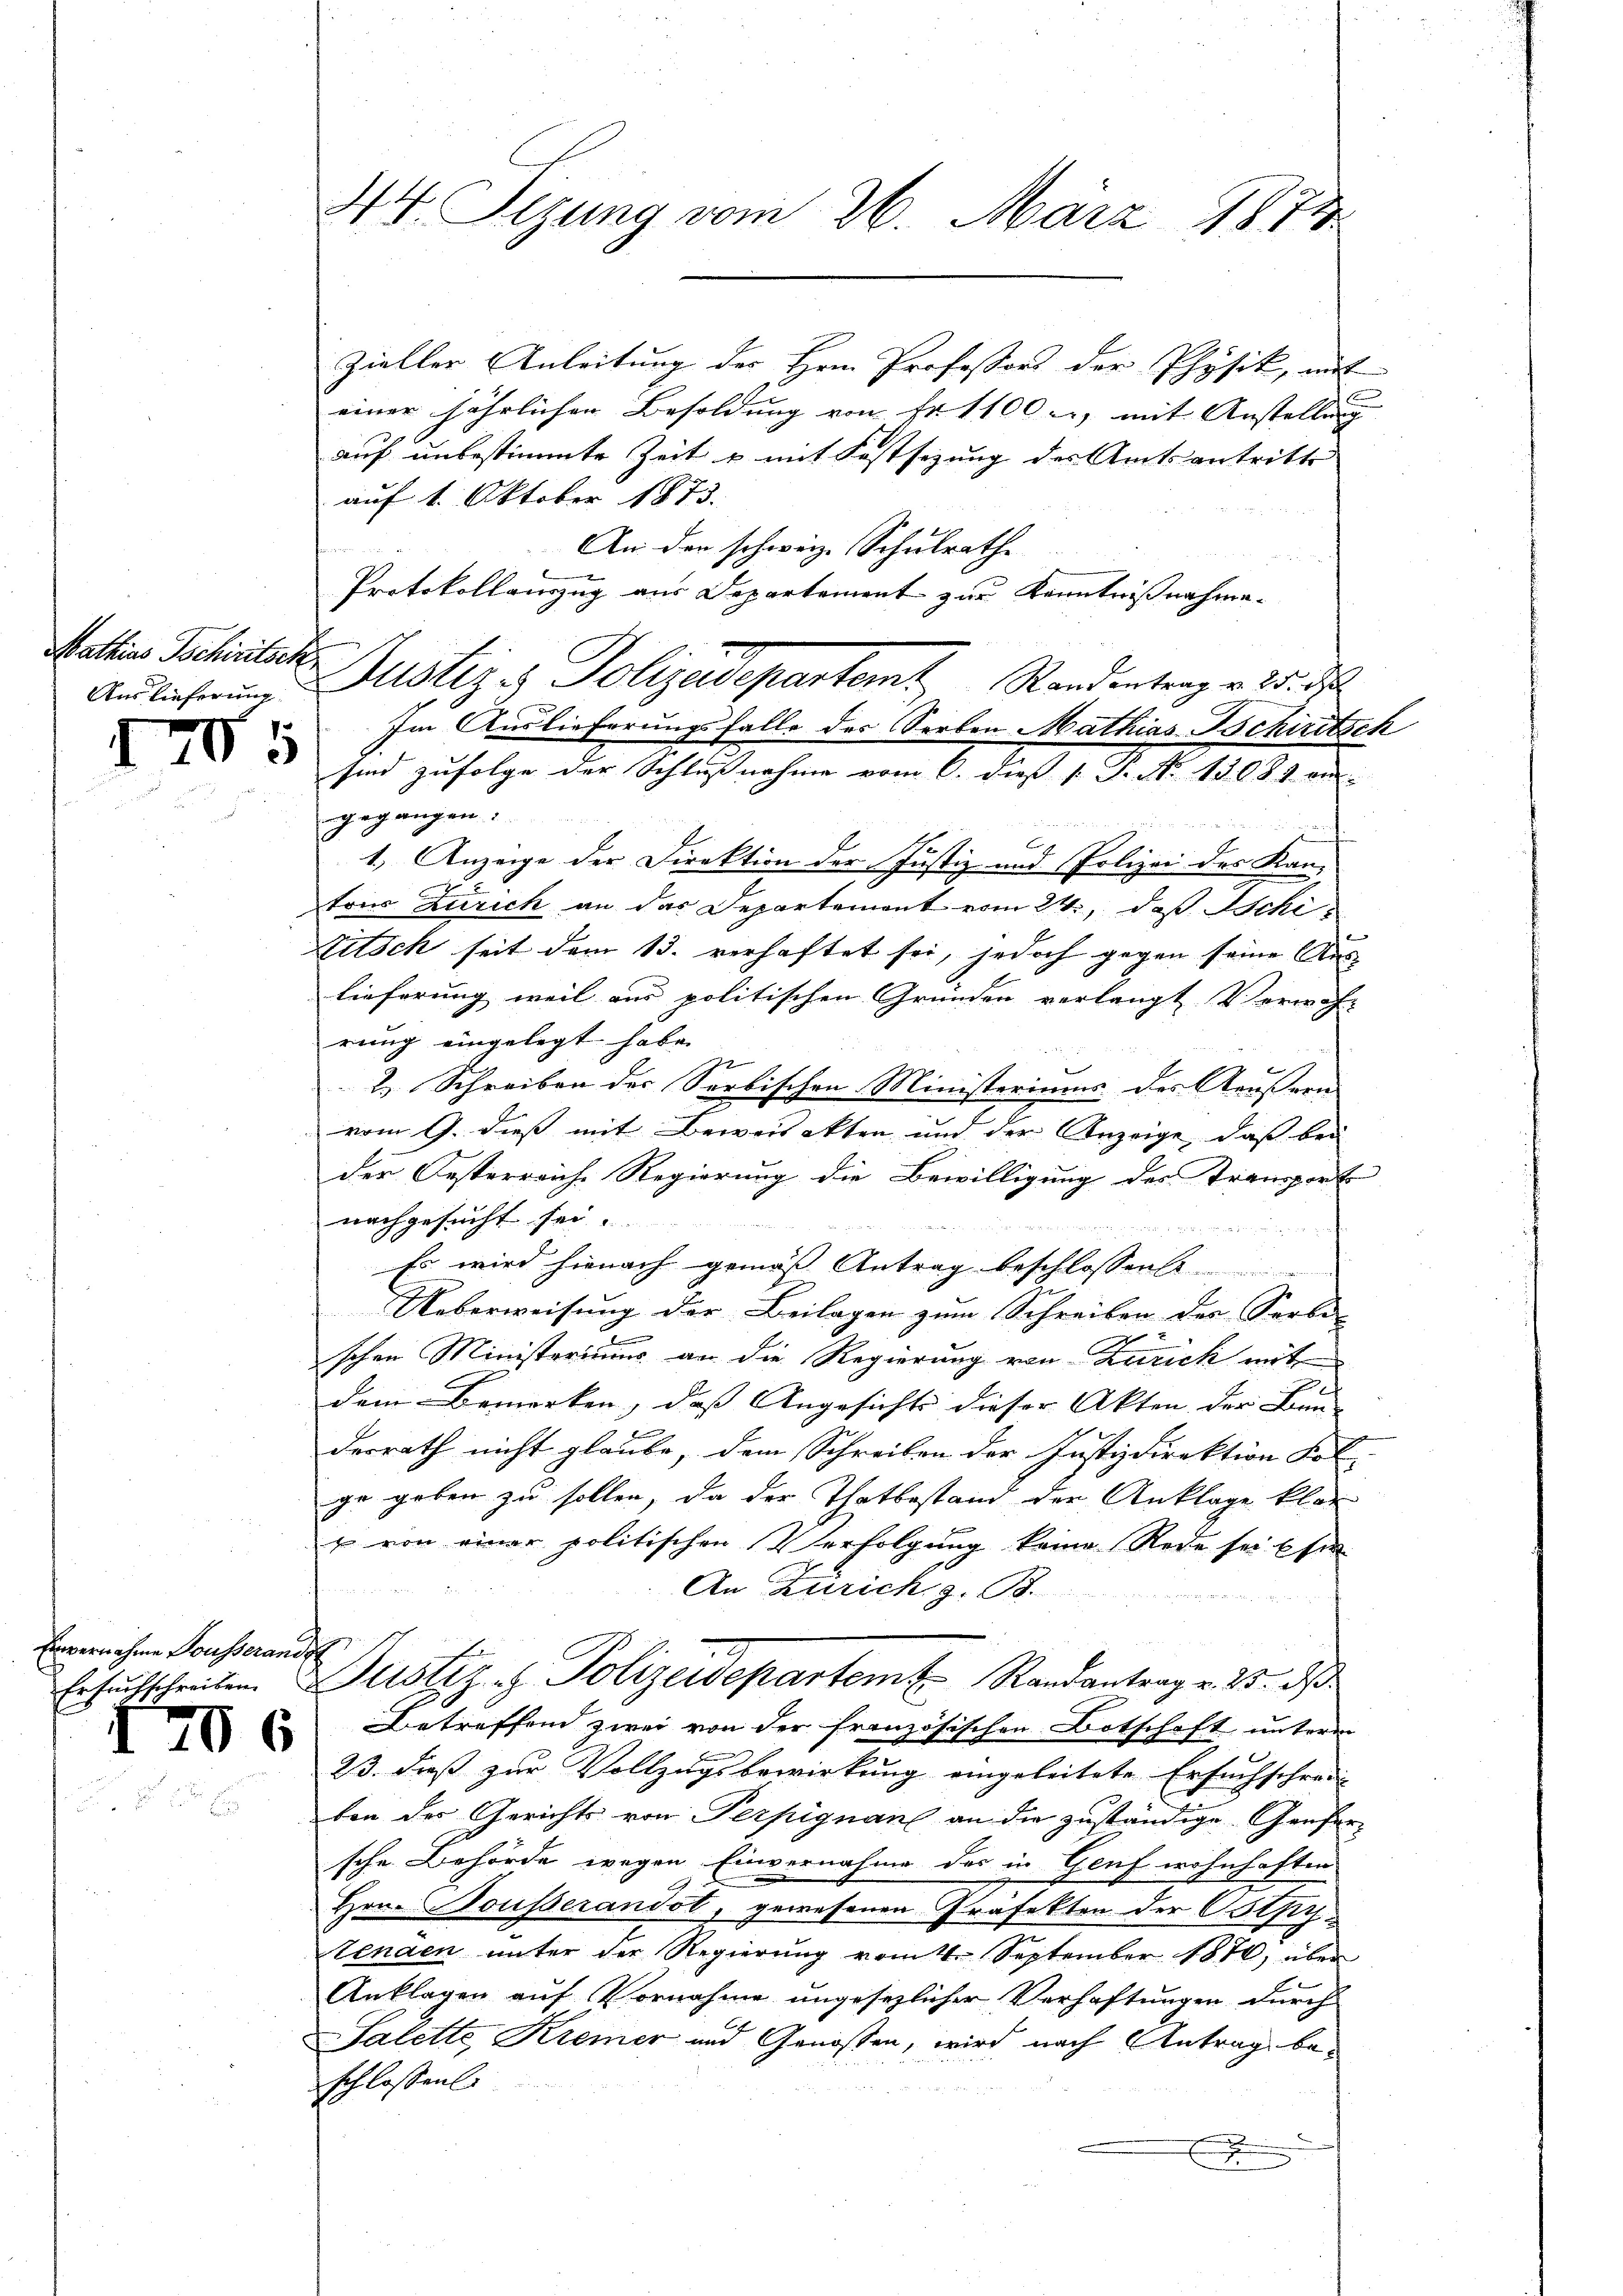
Mathias Tschiritsch
Auslieferung

205

Envernahme Dousserander

206

44. Tizung vom 26. März 1874.

zieller Anleitung des Herrn Professors der Physik, mit
einer jährlichen Besoldung von Fr. 1100 u. mit Anstellung |
auf unbestimmte Zeit u. mit Festsezung der Amtsantritt |
auf 1. Oktober 1873.
An der schweiz. Schulrathe
Protokollauszug aus Departement zur Kenntnißnahme.
gegangen.
1.) Anzeige der Direktion der Justiz und Polizei des Kan-
tons Zürich an das Departement vom 24., daß Schi
Titsch seit dem 13. verhaftet sei, jedoch gegen seine Auslieferung weil aus politischen Gründen verlangt Verwahr
rung eingelegt habe.
2.) Schreiben der Serbischen Ministeriums des Aeußern
vom 9. dieß mit Beweisekten und der Anzeige, daß bei
der Oesterreiche Regierung die Bewilligung des Stransport
nachgesucht sei.
 Mi
Es wird hienach gemäß Antrag beschlossen
Ueberweisung der Beilagen zum Schreiben des Serbe-
e
schen Ministeriums an die Regierung von Zürich mit
dem Bemerken, das Angesichte dieser Akten der Bun
derrath nicht glaube, dem Schreiben der Justizdirektion Fol
ge geben zu sollen, da der Thatbestand der Anklage klar
 von einer politischen Verfolgung keine Rede sei Ehe
 2
An Zürich z. B.
Ersuchschreiben Justiz- & Polizeidepartem Randantrag v. 23. d
Betreffend zwei von der französischen Botschaft unterm
23. dieß zur Vollzugsbewirkung eingeleitete Ersuchschreiben der Gerichts von Perpignane an die zuständige Genfer-
sche Behörde wegen Einvernahme des in Genf wohnhaften
Hrn. Bousserandot, gewesenen Präfekten der Ostfichtenden unter der Regierung vom 16. September 1870, über
Anklagen auf Vornahme ungesezlicher Verhaftungen durch
Salette Kremer und Genossen, wird nach Antrag beschlossenli
E
u

Justiz & Polizedepartamt Standentrage 15. d.
Im Auslieferungsfalle der Serben Mathias Schiritsch
sind zufolge der Schlußnahme vom 6. dieß 1: P. No 13089 am